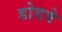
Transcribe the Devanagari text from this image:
डोडवे